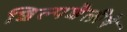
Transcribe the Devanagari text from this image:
शिल्पशैलीचे